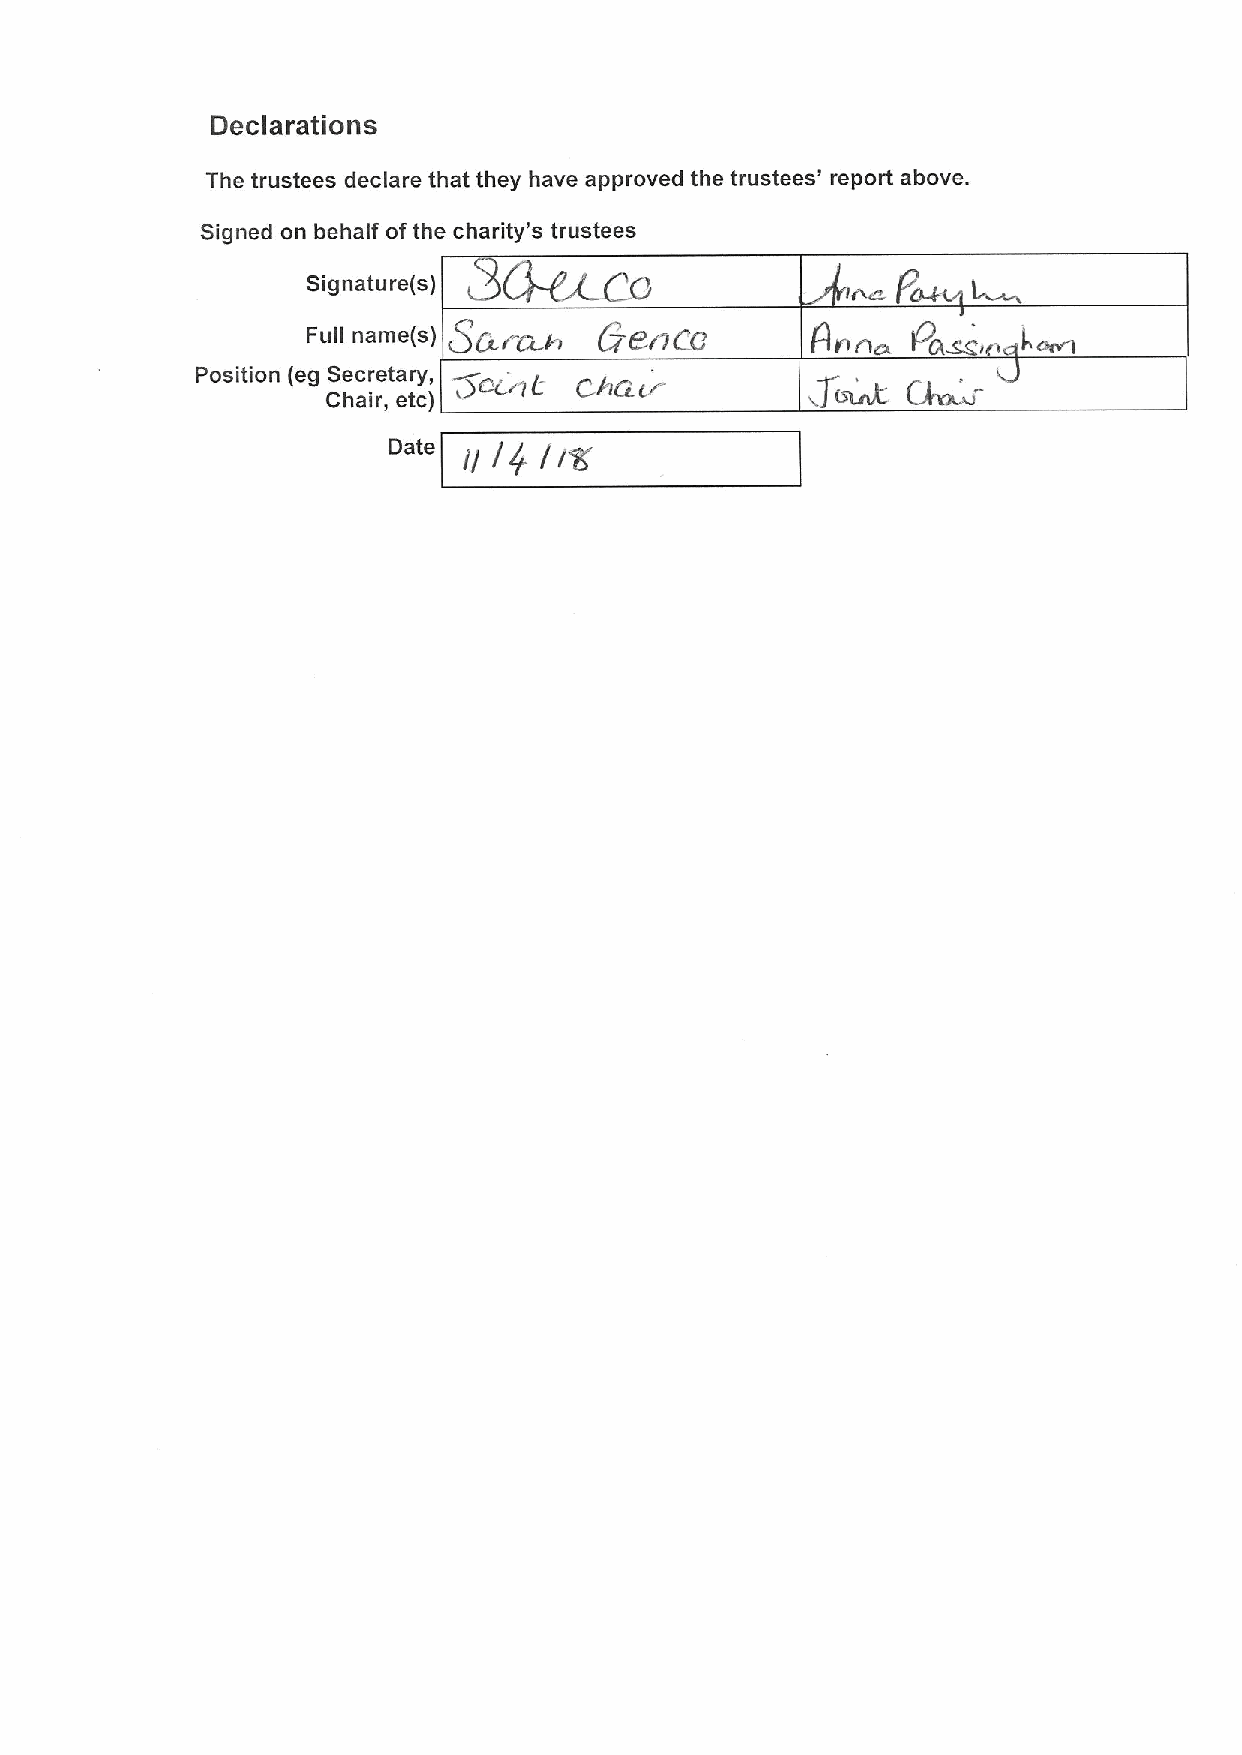
Declarations
 The trustees declare that they have approved the trustees' report above.
 Signed on behalf ofthe charity's trustees
 Signature(s)
 Full name(s) cSCir Q A FjERCO     Ar n  Pc(~,
 Position (eg Secretary, Zemi ("Cr
 c
 iT~
 Chair, etc)
 Date   ]y jy+
 g